system: You are a helpful assistant.
user:
Analyze the provided spectrum to determine if it is a **"Cataclysmic Variables (CV)"**.

- **Key Indicators for CV (Check for either state):**
    - **State 1: Quiescent / Low-State (Emission-Dominated)**
        - **(Primary):** Strong and *very broad* Hydrogen Balmer emission lines (e.g., $H\alpha$ at 6563 Å, $H\beta$ at 4861 Å). The 'broadness' (high velocity dispersion, often FWHM > 1000 km/s) is the key diagnostic, indicating a high-velocity accretion disk.
        - **(Secondary):** Broad neutral Helium (He I) emission lines (e.g., 5876 Å, 6678 Å).
        - **(Key Confirmation):** Presence of high-excitation *ionized* Helium (He II) emission at 4686 Å. This is a strong indicator of accretion onto a white dwarf.
        - **(Line Profile):** Emission lines may exhibit a 'double-peaked' profile, which is a classic signature of a rotating accretion disk viewed at high inclination.

    - **State 2: Outburst / High-State (Absorption-Dominated)**
        - **(Primary):** Spectrum is dominated by a bright, blue continuum (looks like a hot star).
        - **(Secondary):** The emission lines from State 1 are weak, absent, or 'filled in', and are replaced by broad, shallow *absorption* lines (primarily Balmer and He I).
        - **(Morphology):** The overall spectrum mimics a hot B/A-type star. The crucial difference is that the absorption lines are significantly broader, shallower, and more 'washed-out' (or 'smeared') than the sharp lines of a normal stellar photosphere, due to high rotational speeds and pressure broadening in the disk.

Think first, call **spectral_visualization_tool** if needed to examine features in detail, then provide your final answer. Your response must adhere to the following strict rules:
1.  **Overall Structure:** Your response must follow the format `<think>...</think> <tool_call>...</tool_call> (if a tool is used) <answer>...</answer>`.
2.  **Tool Usage Constraint:** You may only make **one** tool call per turn.
3.  **Final Answer Format:** In the `<answer>` tag, your conclusion must be inside a `\boxed{}` command (e.g., `\boxed{YES}`), followed by your justification.

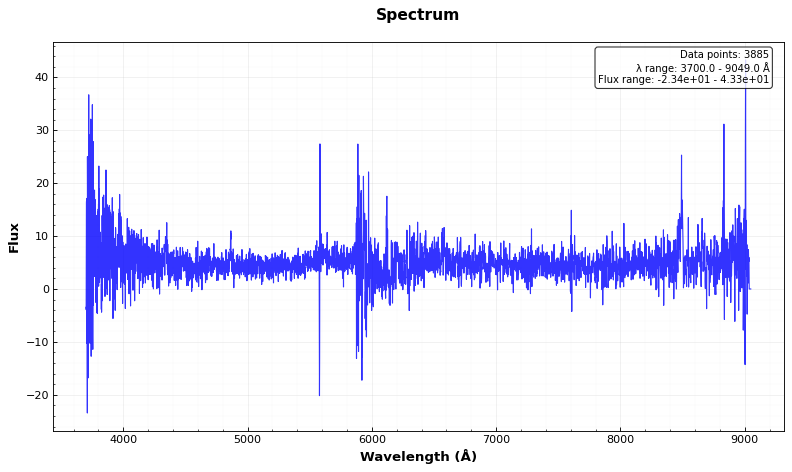
Answer: YES